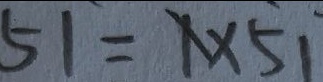
5 1 = x \times 5 1